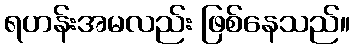
ရဟန်းအမလည်း ဖြစ်နေသည်။